Report of the Indian Hemp Drugs Commission, 1894-1895 - Volume V
Year: 1894
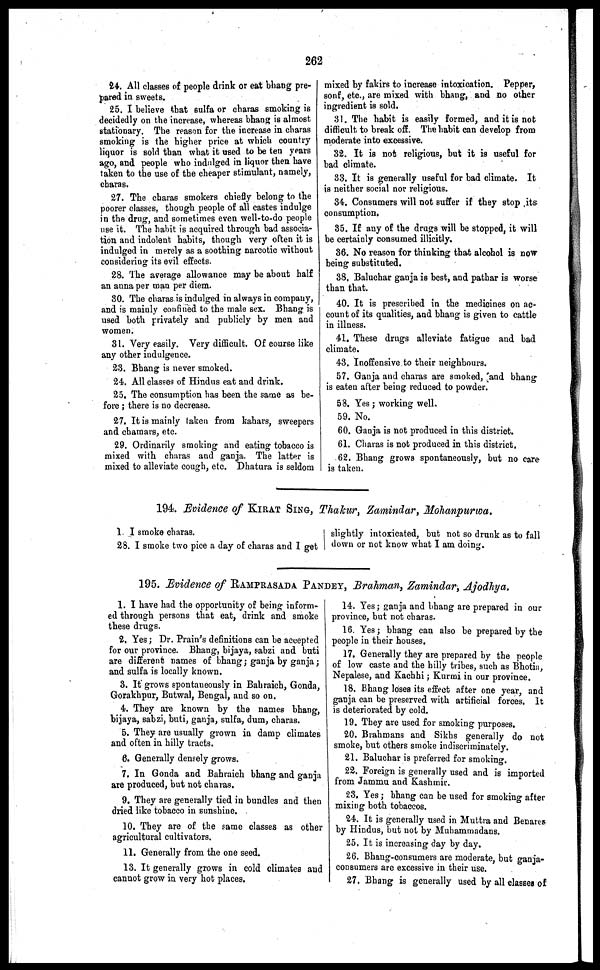
262
24. All classes of people drink or eat bhang pre-
pared in sweets.
25. I believe that sulfa or charas smoking is
decidedly on the increase, whereas bhang is almost
stationary. The reason for the increase in charas
smoking is the higher price at which country
liquor is sold than what it used to be ten years
ago, and people who indulged in liquor then have
taken to the use of the cheaper stimulant, namely,
charas.
27. The charas smokers chiefly belong to the
poorer classes, though people of all castes indulge
in the drug, and sometimes even well-to-do people
use it. The habit is acquired through bad associa-
tion and indolent habits, though very often it is
indulged in merely as a soothing narcotic without
considering its evil effects.
28. The average allowance may be about half
an anna per man per diem.
80. The charas is indulged in always in company,
and is mainly confined to the male sex. Bhang is
used both privately and publicly by men and
women.
31. Very easily. Very difficult. Of course like
any other indulgence.
23. Bhang is never smoked.
24. All classes of Hindus eat and drink.
25. The consumption has been the same as be-
fore ; there is no decrease.
27. It is mainly taken from kahars, sweepers
and chamars, etc.
29. Ordinarily smoking and eating tobacco is
mixed with charas and ganja. The latter is
mixed to alleviate cough, etc. Dhatura is seldom
mixed by fakirs to increase intoxication. Pepper,
sonf, etc., are mixed with bhang, and no other
ingredient is sold.
31. The habit is easily formed, and it is not
difficult to break off. The habit can develop from
moderate into excessive.
32. It is not religious, but it is useful for
bad climate.
33. It is generally useful for bad climate. It
is neither social nor religious.
34. Consumers will not suffer if they stop its
consumption.
85. If any of the drugs will be stopped, it will
be certainly consumed illicitly.
36. No reason for thinking that alcohol is now
being substituted.
38. Baluchar ganja is best, and pathar is worse
than that.
40. It is prescribed in the medicines on ac-
count of its qualities, and bhang is given to cattle
in illness.
41. These drugs alleviate fatigue and bad
climate.
43. Inoffensive to their neighbours.
57. Ganja and charas are smoked, and bhang
is eaten after being reduced to powder.
58. Yes ; working well.
59. No.
60. Ganja is not produced in this district.
61. Charas is not produced in this district.
62. Bhang grows spontaneously, but no care
is taken.
194. Evidence of KIRAT SING, Thakur, Zamindar, Mohanpurwa.
1. I smoke charas.
28. I smoke two pice a day of charas and I get
slightly intoxicated, but not so drunk as to fall
down or not know what I am doing.
195. Evidence of RAMPRASADA PANDEY, Brahman, Zamindar, Ajodhya.
1. I have had the opportunity of being inform-
ed through persons that eat, drink and smoke
these drugs.
2. Yes ; Dr. Prain's definitions can be accepted
for our province. Bhang, bijaya, sabzi and buti
are different names of bhang ; ganja by ganja ;
and sulfa is locally known.
3. It grows spontaneously in Bahraich, Gonda,
Gorakhpur, Butwal, Bengal, and so on.
4. They are known by the names bhang,
bijaya, sabzi, buti, ganja, sulfa, dum, charas.
5. They are usually grown in damp climates
and often in hilly tracts.
6. Generally densely grows.
7. In Gonda and Bahraich bhang and ganja
are produced, but not charas.
9. They are generally tied in bundles and then
dried like tobacco in sunshine.
10. They are of the same classes as other
agricultural cultivators.
11. Generally from the one seed.
13. It generally grows in cold climates and
cannot grow in very hot places.
14. Yes ; ganja and bhang are prepared in our
province, but not charas.
16. Yes ; bhang can also be prepared by the
people in their houses.
17. Generally they are prepared by the people
of low caste and the hilly tribes, such as Bhotia,
Nepalese, and Kachhi ; Kurmi in our province.
18. Bhang loses its effect after one year, and
ganja can be preserved with artificial forces. It
is deteriorated by cold.
19. They are used for smoking purposes.
20. Brahmans and Sikhs generally do not
smoke, but others smoke indiscriminately.
21. Baluchar is preferred for smoking.
22. Foreign is generally used and is imported
from Jammu and Kashmir.
23. Yes ; bhang can be used for smoking after
mixing both tobaccos.
24. It is generally used in Muttra and Benares
by Hindus, but not by Muhammadans.
25. It is increasing day by day.
26. Bhang-consumers are moderate, but ganja-
consumers are excessive in their use.
27. Bhang is generally used by all classes of